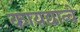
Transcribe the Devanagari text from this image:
कायद्यान्वे